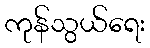
ကုန်သွယ်ရေး